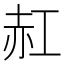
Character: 䞑